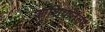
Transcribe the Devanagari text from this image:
आशियानंतर